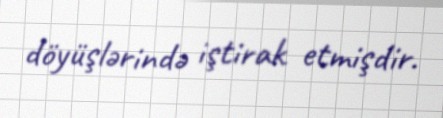
döyüşlərində iştirak etmişdir.